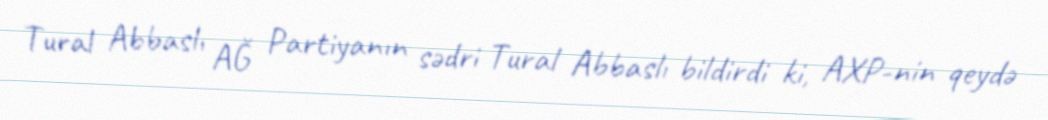
Tural Abbaslı AĞ Partiyanın sədri Tural Abbaslı bildirdi ki, AXP-nin qeydə